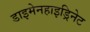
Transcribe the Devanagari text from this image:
डाइमेनहाइड्रिनेट